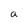
Character: a